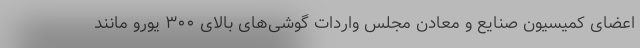
اعضای کمیسیون صنایع و معادن مجلس واردات گوشی‌های بالای ۳۰۰ یورو مانند